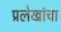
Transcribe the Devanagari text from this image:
प्रलेखांचा